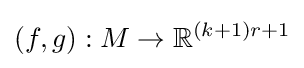
(f,g):M\to \mathbb {R} ^{(k+1)r+1}